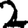
Digit: 2